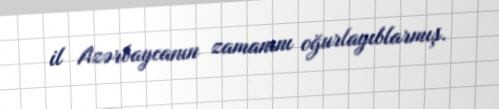
il Azərbaycanın zamanını oğurlayıblarmış.